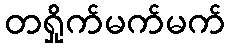
တရှိုက်မက်မက်